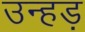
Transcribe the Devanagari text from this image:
उन्हड़